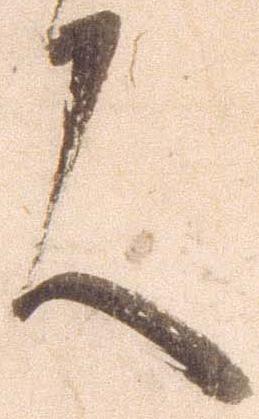
言